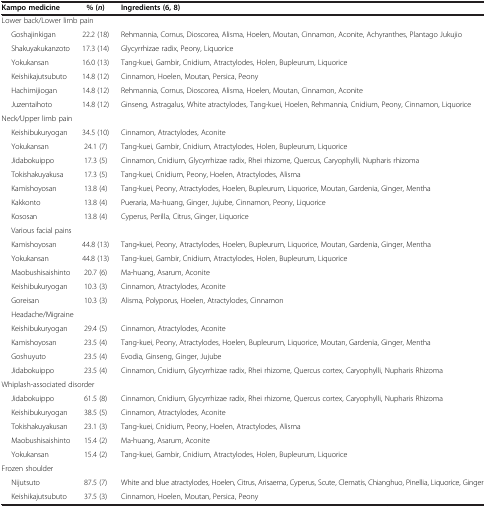
<table><thead><tr><td><b>Kampo medicine</b></td><td><b>% (<i>n</i>)</b></td><td><b>Ingredients (6, 8)</b></td></tr></thead><tbody><tr><td colspan="3">Lower back/Lower limb pain</td></tr><tr><td>Goshajinkigan</td><td>22.2 (18)</td><td>Rehmannia, Cornus, Dioscorea, Alisma, Hoelen, Moutan, Cinnamon, Aconite, Achyranthes, Plantago Jukujio</td></tr><tr><td>Shakuyakukanzoto</td><td>17<i>.</i>3 (14)</td><td>Glycyrrhizae radix, Peony, Liquorice</td></tr><tr><td>Yokukansan</td><td>16<i>.</i>0 (13)</td><td>Tang<i>-</i>kuei, Gambir, Cnidium, Atractylodes, Holen, Bupleurum, Liquorice</td></tr><tr><td>Keishikajutsubuto</td><td>14<i>.</i>8 (12)</td><td>Cinnamon, Hoelen, Moutan, Persica, Peony</td></tr><tr><td>Hachimijiogan</td><td>14<i>.</i>8 (12)</td><td>Rehmannia, Cornus, Dioscorea, Alisma, Hoelen, Moutan, Cinnamon, Aconite</td></tr><tr><td>Juzentaihoto</td><td>14<i>.</i>8 (12)</td><td>Ginseng<i>,</i> Astragalus, White atractylodes, Tang<i>-</i>kuei, Hoelen, Rehmannia, Cnidium, Peony, Cinnamon, Liquorice</td></tr><tr><td colspan="3">Neck<i>/</i>Upper limb pain</td></tr><tr><td>Keishibukuryogan</td><td>34<i>.</i>5 (10)</td><td>Cinnamon, Atractylodes, Aconite</td></tr><tr><td>Yokukansan</td><td>24<i>.</i>1 (7)</td><td>Tang<i>-</i>kuei, Gambir, Cnidium, Atractylodes, Holen, Bupleurum, Liquorice</td></tr><tr><td>Jidabokuippo</td><td>17<i>.</i>3 (5)</td><td>Cinnamon, Cnidium, Glycyrrhizae radix, Rhei rhizome, Quercus, Caryophylli, Nupharis rhizoma</td></tr><tr><td>Tokishakuyakusa</td><td>17<i>.</i>3 (5)</td><td>Tang<i>-</i>kuei, Cnidium, Peony, Hoelen, Atractylodes, Alisma</td></tr><tr><td>Kamishoyosan</td><td>13<i>.</i>8 (4)</td><td>Tang<i>-</i>kuei, Peony, Atractylodes, Hoelen, Bupleurum, Liquorice, Moutan, Gardenia, Ginger, Mentha</td></tr><tr><td>Kakkonto</td><td>13<i>.</i>8 (4)</td><td>Pueraria, Ma<i>-</i>huang, Ginger, Jujube, Cinnamon, Peony, Liquorice</td></tr><tr><td>Kososan</td><td>13<i>.</i>8 (4)</td><td>Cyperus, Perilla, Citrus, Ginger, Liquorice</td></tr><tr><td colspan="3">Various facial pains</td></tr><tr><td>Kamishoyosan</td><td>44<i>.</i>8 (13)</td><td>Tang<b><i>-</i></b>kuei, Peony, Atractylodes, Hoelen, Bupleurum, Liquorice, Moutan, Gardenia, Ginger, Mentha</td></tr><tr><td>Yokukansan</td><td>44.8 (13)</td><td>Tang-kuei, Gambir, Cnidium, Atractylodes, Holen, Bupleurum, Liquorice</td></tr><tr><td>Maobushisaishinto</td><td>20.7 (6)</td><td>Ma-huang, Asarum, Aconite</td></tr><tr><td>Keishibukuryogan</td><td>10.3 (3)</td><td>Cinnamon, Atractylodes, Aconite</td></tr><tr><td>Goreisan</td><td>10.3 (3)</td><td>Alisma, Polyporus, Hoelen, Atractylodes, Cinnamon</td></tr><tr><td colspan="3">Headache/Migraine</td></tr><tr><td>Keishibukuryogan</td><td>29.4 (5)</td><td>Cinnamon, Atractylodes, Aconite</td></tr><tr><td>Kamishoyosan</td><td>23.5 (4)</td><td>Tang-kuei, Peony, Atractylodes, Hoelen, Bupleurum, Liquorice, Moutan, Gardenia, Ginger, Mentha</td></tr><tr><td>Goshuyuto</td><td>23.5 (4)</td><td>Evodia, Ginseng, Ginger, Jujube</td></tr><tr><td>Jidabokuippo</td><td>23.5 (4)</td><td>Cinnamon, Cnidium, Glycyrrhizae radix, Rhei rhizome, Quercus cortex, Caryophylli, Nupharis Rhizoma</td></tr><tr><td colspan="3">Whiplash-associated disorder</td></tr><tr><td>Jidabokuippo</td><td>61.5 (8)</td><td>Cinnamon, Cnidium, Glycyrrhizae radix, Rhei rhizome, Quercus cortex, Caryophylli, Nupharis Rhizoma</td></tr><tr><td>Keishibukuryogan</td><td>38.5 (5)</td><td>Cinnamon, Atractylodes, Aconite</td></tr><tr><td>Tokishakuyakusan</td><td>23.1 (3)</td><td>Tang-kuei, Cnidium, Peony, Hoelen, Atractylodes, Alisma</td></tr><tr><td>Maobushisaishinto</td><td>15.4 (2)</td><td>Ma-huang, Asarum, Aconite</td></tr><tr><td>Yokukansan</td><td>15.4 (2)</td><td>Tang-kuei, Gambir, Cnidium, Atractylodes, Holen, Bupleurum, Liquorice</td></tr><tr><td colspan="3">Frozen shoulder</td></tr><tr><td>Nijutsuto</td><td>87.5 (7)</td><td>White and blue atractylodes, Hoelen, Citrus, Arisaema, Cyperus, Scute, Clematis, Chianghuo, Pinellia, Liquorice, Ginger</td></tr><tr><td>Keishikajutsubuto</td><td>37.5 (3)</td><td>Cinnamon, Hoelen, Moutan, Persica, Peony</td></tr></tbody></table>